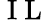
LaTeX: {\mathrm{~I~L~}}